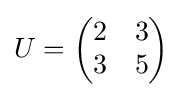
U={\begin{pmatrix}2&3\\3&5\\\end{pmatrix}}